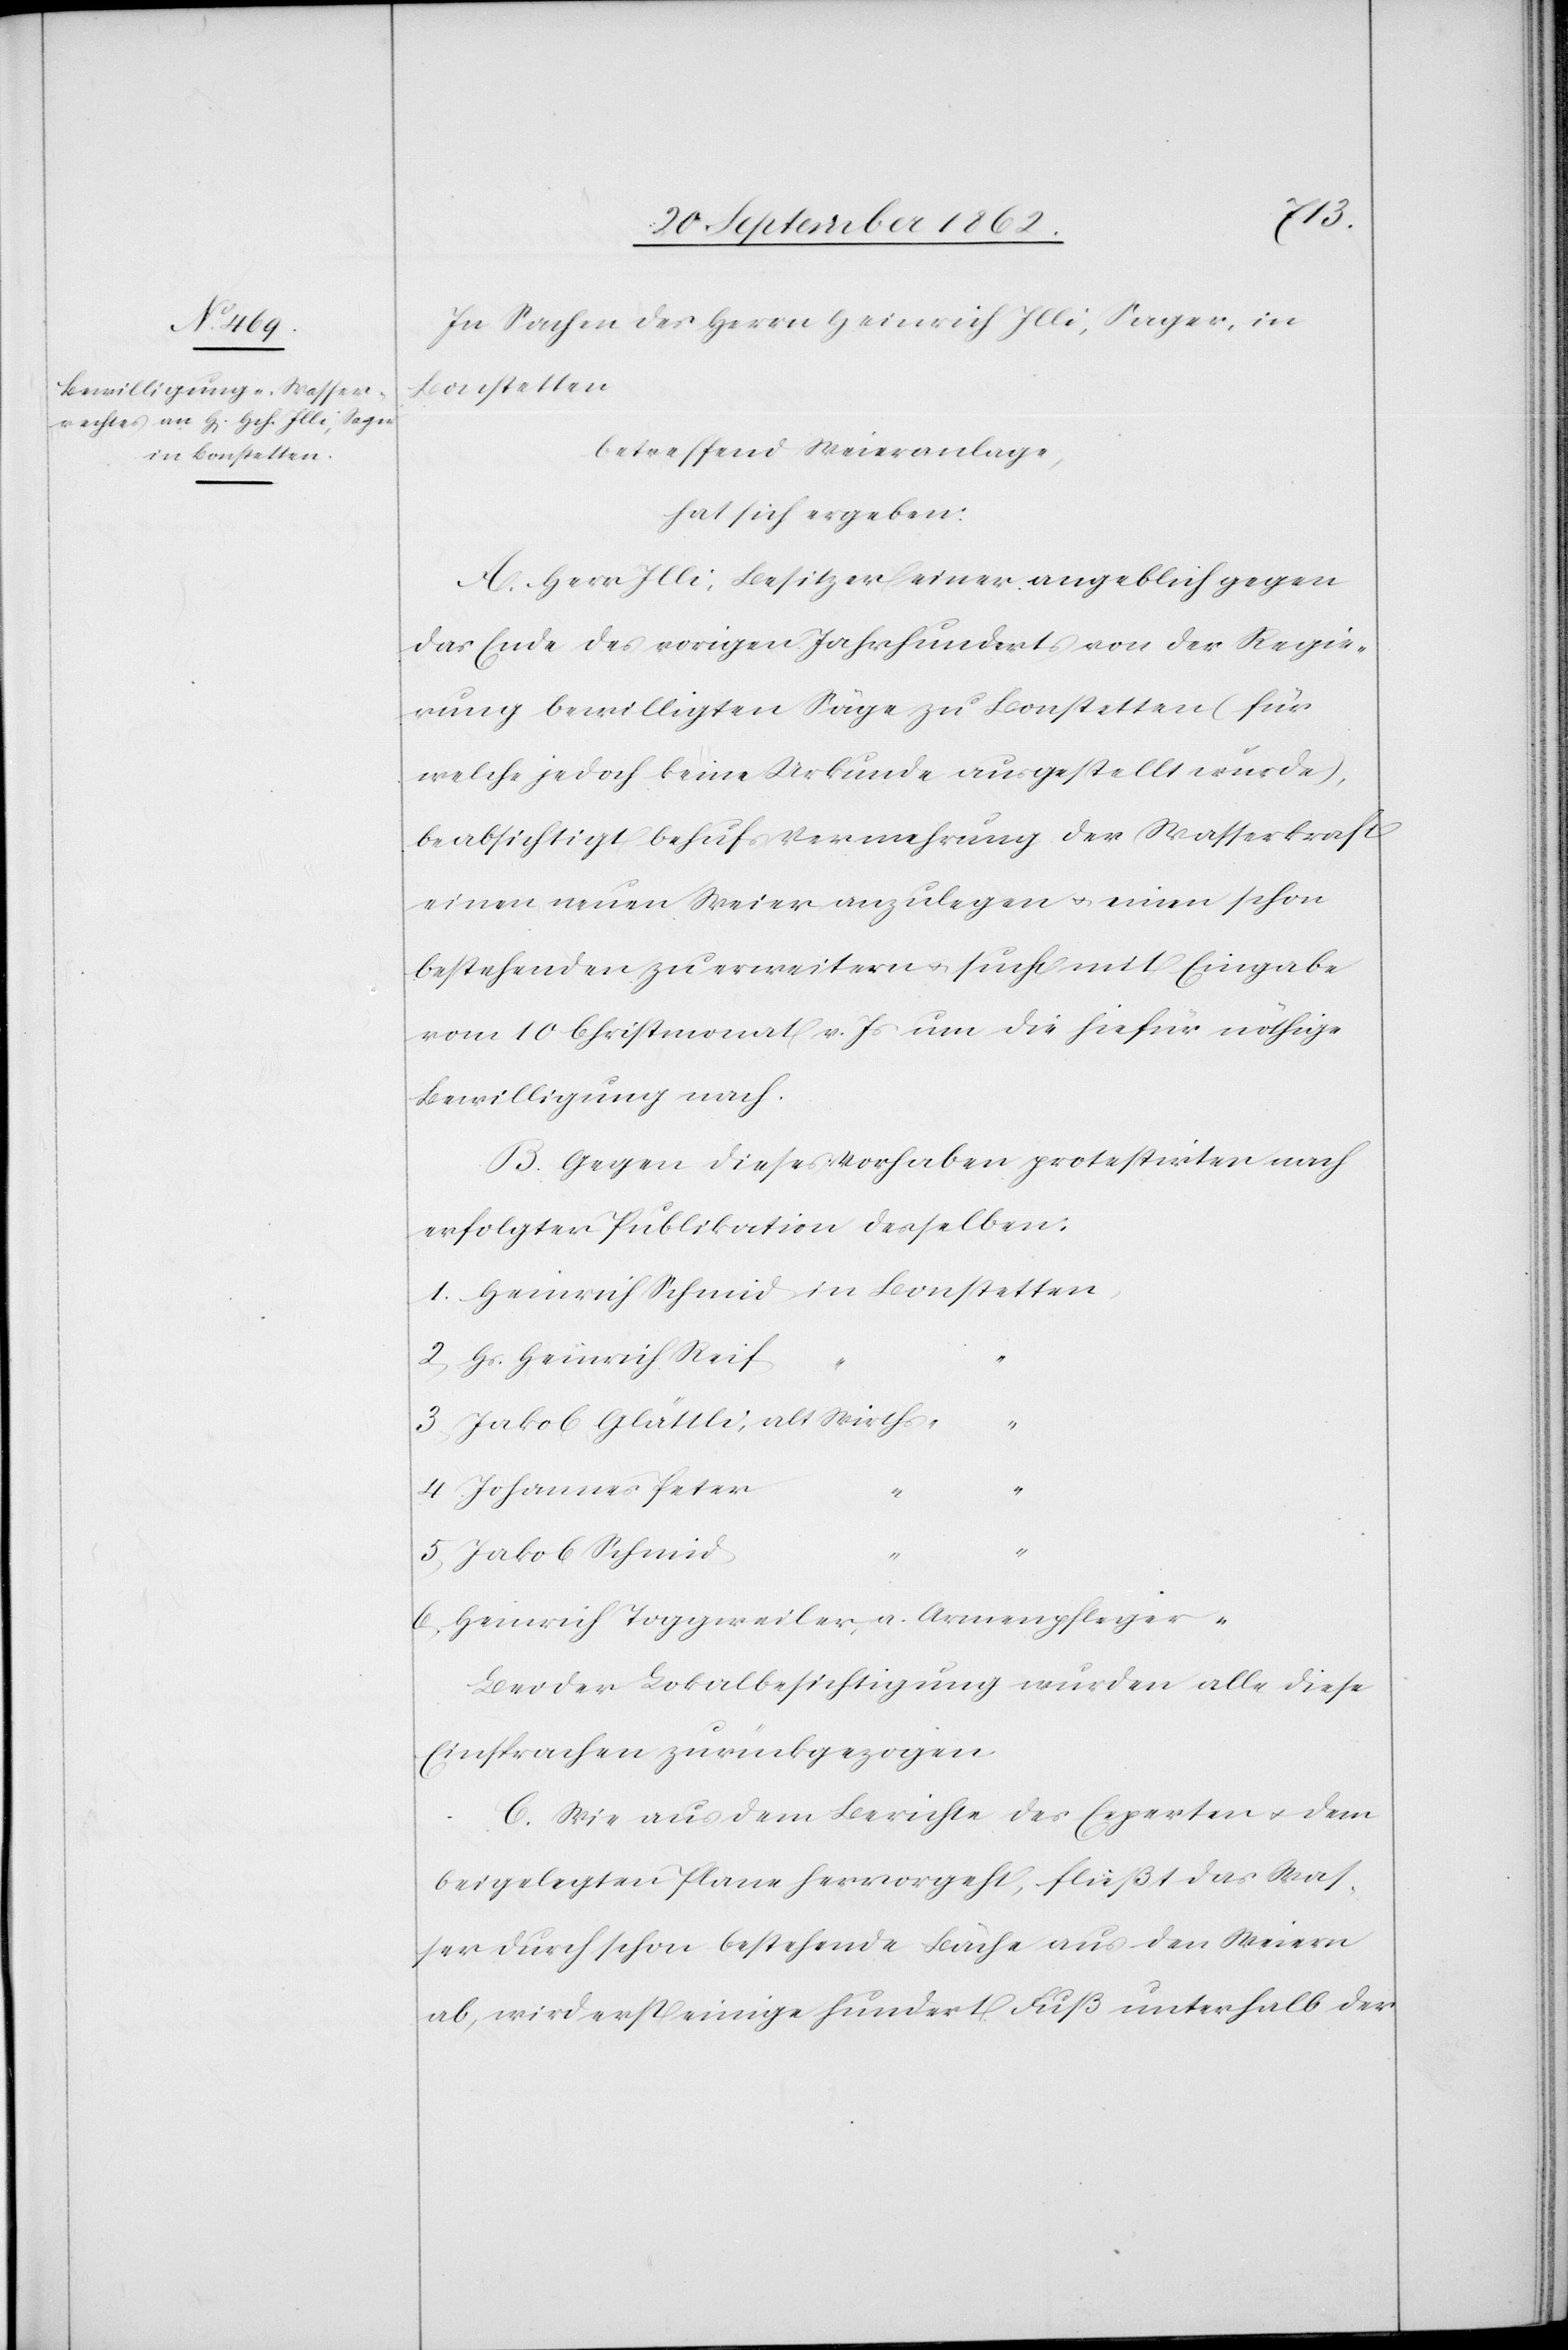
1.
In Sachen des Herrn Heinrich Illi, Sager, in
Bonstetten,
betreffend Weieranlage,
hat sich ergeben:
A. Herr Illi, Besitzer einer angeblich gegen
das Ende des vorigen Jahrhunderts von der Regie¬
rung bewilligten Säge zu Bonstetten (für
welche jedoch keine Urkunde ausgestellt wurde),
beabsichtigt behufs Vermehrung der Wasserkraft
einen neuen Weier anzulegen u. einen schon
bestehenden zu erweitern u. sucht mit Eingabe
vom 10. Christmonat v. Js. um die hiefür nöthige
Bewilligung nach.
B. Gegen dieses Vorhaben protestirten nach
erfolgter Publikation desselben:
2. Hs. Heinrich Reif
3. Jakob Glättli alt Wirths
4. Johannes Peter
“
5. Jakob Schmid
6. Heinrich Toggeweiler, a. Armenpfleger
Bei der Lokalbesichtigung wurden alle diese
Einsprachen zurückgezogen.
C. Wie aus dem Berichte des Experten u. dem
beigelegten Plane hervorgeht, fließt das Was¬
ser durch schon bestehende Bäche aus den Weiern
ab, wird erst einige hundert Fuß unterhalb der